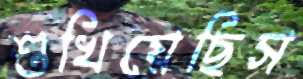
শুখিয়েছিস